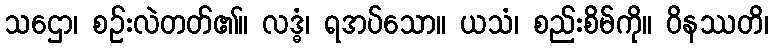
သဌော၊ စဉ်းလဲတတ်၏။ လဒ္ဓံ၊ ရအပ်သော။ ယသံ၊ စည်းစိမ်ကို။ ဝိနဿတိ၊